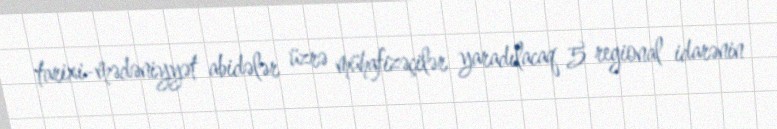
tarixi-mədəniyyət abidələr üzrə mühafizəçilər yaradılacaq 5 regional idarənin